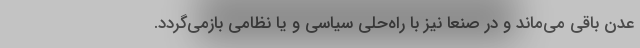
عدن باقی می‌ماند و در صنعا نیز با راه‌حلی سیاسی و یا نظامی بازمی‌گردد.